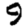
Digit: 9